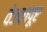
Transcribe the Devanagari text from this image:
वेजलपूर